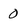
Character: 0